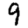
Digit: 9